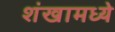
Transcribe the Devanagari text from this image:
शंखामध्ये